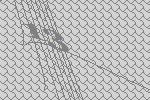
13